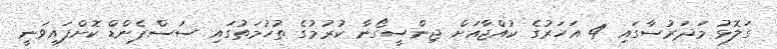
ގަލޮޅު މަދަރުސާގައި 4 އަހަރުގެ ކުއްޖާއަށް ޖިންސީގޯނާ ކުރުމުގެ ތުހުމަތުގައި ސަސްޕެންޑް ކޮށްފައިވަނީ